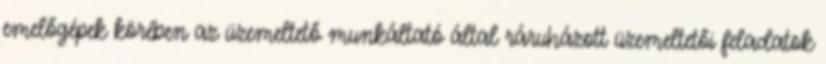
emelőgépek körében az üzemeltető munkáltató által ráruházott üzemeltetői feladatok